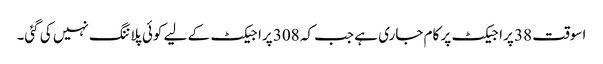
اسوقت 38 پراجیکٹ پر کام جاری ہے جب کہ 308 پراجیکٹ کے لیے کوئی پلاننگ نہیں کی گئی۔